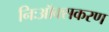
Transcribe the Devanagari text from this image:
निःऑक्सकरण